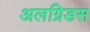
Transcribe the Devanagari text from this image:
अलग्रिडस